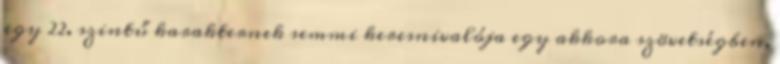
egy 22. szintű karakternek semmi keresnivalója egy akkora szövetségben,